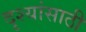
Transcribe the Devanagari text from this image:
दृश्यांसाठी